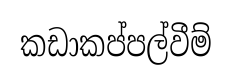
කඩාකප්පල්වීම්